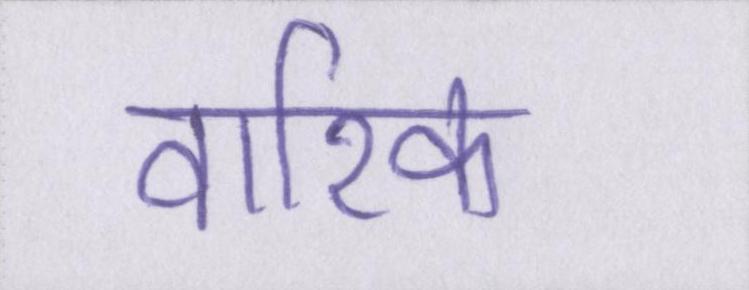
वारिक